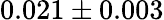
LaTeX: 0.021\pm 0.003